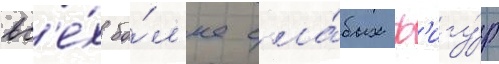
вс'е́х бо́л'ее сла́бых ф'игу́р